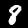
Digit: 8